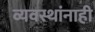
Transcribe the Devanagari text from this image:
व्यवस्थांनाही